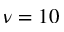
\nu = 1 0